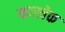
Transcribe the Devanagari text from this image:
फास्त्रेक